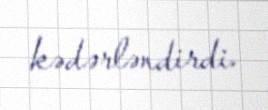
kədərləndirdi.